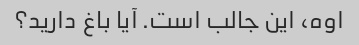
اوه، این جالب است. آیا باغ دارید؟